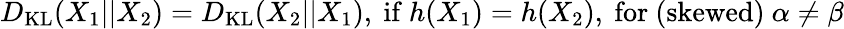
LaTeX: D_{\mathrm{KL}}(X_{1}||X_{2})=D_{\mathrm{KL}}(X_{2}||X_{1}),{\mathrm{~if~}}h(X_{1})=h(X_{2}){\mathrm{,~for~(skewed)~}}\alpha\neq\beta